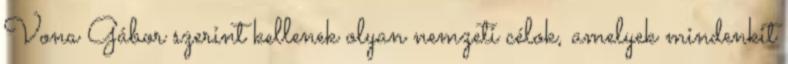
Vona Gábor szerint kellenek olyan nemzeti célok, amelyek mindenkit